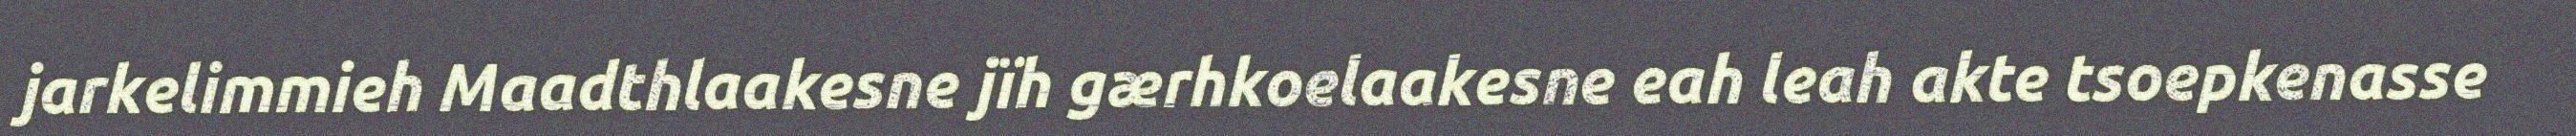
jarkelimmieh Maadthlaakesne jïh gærhkoelaakesne eah leah akte tsoepkenasse